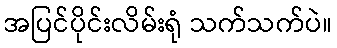
အပြင်ပိုင်းလိမ်းရုံ သက်သက်ပဲ။